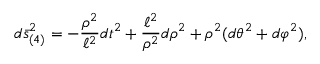
d \bar { s } _ { ( 4 ) } ^ { 2 } = - { \frac { \rho ^ { 2 } } { \ell ^ { 2 } } } d t ^ { 2 } + { \frac { \ell ^ { 2 } } { \rho ^ { 2 } } } d \rho ^ { 2 } + \rho ^ { 2 } ( d \theta ^ { 2 } + d \varphi ^ { 2 } ) ,